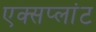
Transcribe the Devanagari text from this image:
एक्सप्लांट